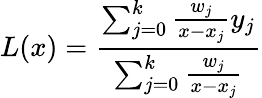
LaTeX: L(x)={\frac{\sum_{j=0}^{k}{\frac{w_{j}}{x-x_{j}}}y_{j}}{\sum_{j=0}^{k}{\frac{w_{j}}{x-x_{j}}}}}